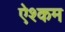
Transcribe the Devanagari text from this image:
ऐश्कम